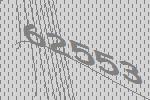
62553